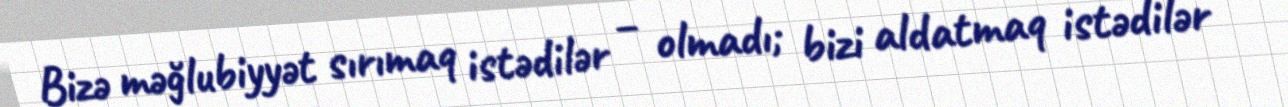
Bizə məğlubiyyət sırımaq istədilər – olmadı; bizi aldatmaq istədilər –